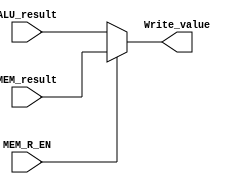
module WB_Stage(
    input [31:0] ALU_result, MEM_result,
    input MEM_R_EN,
    output [31:0] Write_value
);
    assign Write_value = MEM_R_EN ? MEM_result : ALU_result;
endmodule